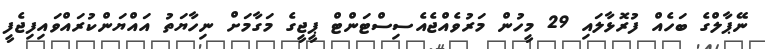
ނޭޕާލްގެ ބަހެއް ފުރޮޅާލައި 29 މީހުން މަރުވެއްޖެއެސިސްޓަންޓް ޕީޖީގެ މަގާމަށް ނިހާޔަތު އައްޔަންކުރައްވައިފިޖެފީ